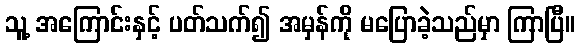
သူ့ အကြောင်းနှင့် ပတ်သက်၍ အမှန်ကို မပြောခဲ့သည်မှာ ကြာပြီ။